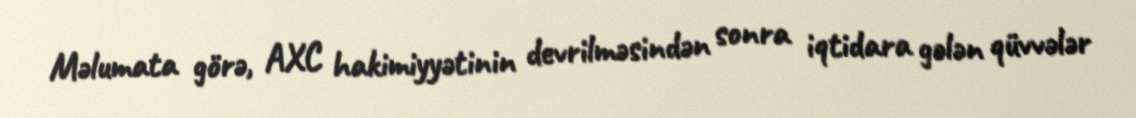
Məlumata görə, AXC hakimiyyətinin devrilməsindən sonra iqtidara gələn qüvvələr